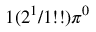
1 ( 2 ^ { 1 } / 1 ! ! ) \pi ^ { 0 }